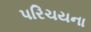
પરિચયના